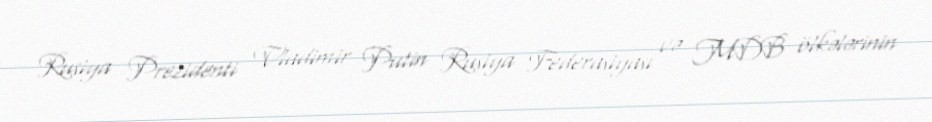
Rusiya Prezidenti Vladimir Putin Rusiya Federasiyası və MDB ölkələrinin